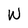
Character: W